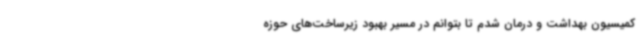
کمیسیون بهداشت و درمان شدم تا بتوانم در مسیر بهبود زیرساخت‌های حوزه